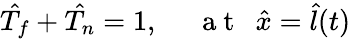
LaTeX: \hat{T_{f}}+\hat{T_{n}}=1,~~~~~\mathrm{~a~t~}~~\hat{x}=\hat{l}(t)